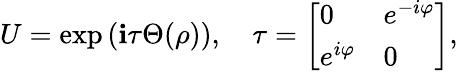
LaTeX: U=\exp\, (\mathbf{i}\tau\Theta(\rho)),\quad\tau=\left[\begin{array}{ll}{{0}}&{{e^{-i\varphi}}}\\ {{e^{i\varphi}}}&{{0}}\end{array}\right],